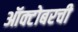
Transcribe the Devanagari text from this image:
ऑक्टोबरची